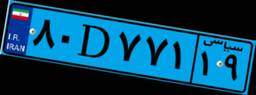
۸۰D۷۷۱۱۹